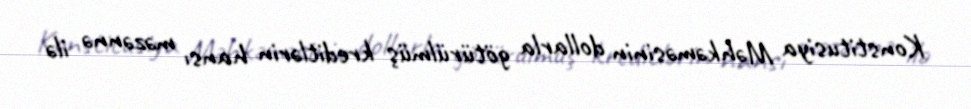
Konstitusiya Məhkəməsinin dollarla götürülmüş kreditlərin hansı məzənnə ilə